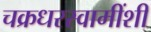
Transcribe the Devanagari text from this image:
चक्रधरस्वामींशी